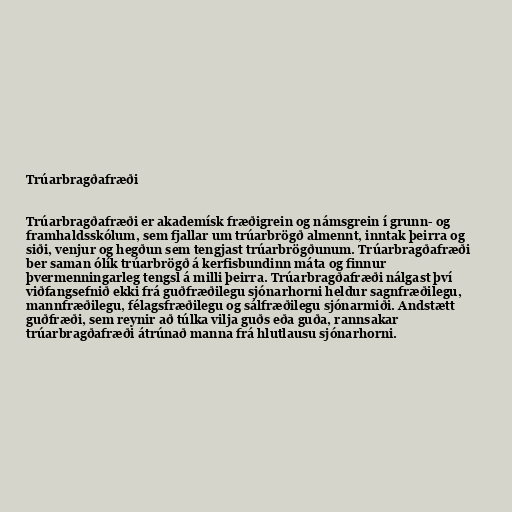
Trúarbragðafræði

Trúarbragðafræði er akademísk fræðigrein og námsgrein í grunn- og
framhaldsskólum, sem fjallar um trúarbrögð almennt, inntak þeirra og
siði, venjur og hegðun sem tengjast trúarbrögðunum. Trúarbragðafræði
ber saman ólík trúarbrögð á kerfisbundinn máta og finnur
þvermenningarleg tengsl á milli þeirra. Trúarbragðafræði nálgast því
viðfangsefnið ekki frá guðfræðilegu sjónarhorni heldur sagnfræðilegu,
mannfræðilegu, félagsfræðilegu og sálfræðilegu sjónarmiði. Andstætt
guðfræði, sem reynir að túlka vilja guðs eða guða, rannsakar
trúarbragðafræði átrúnað manna frá hlutlausu sjónarhorni.